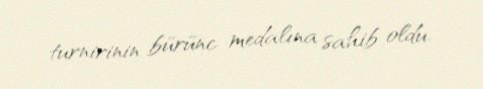
turnirinin bürünc medalına sahib oldu.